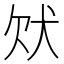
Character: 𤝀